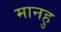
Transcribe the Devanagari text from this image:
मानहु